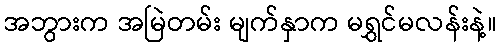
အဘွားက အမြဲတမ်း မျက်နှာက မရွှင်မလန်းနဲ့။